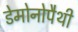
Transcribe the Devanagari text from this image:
डेमोनोपैथी